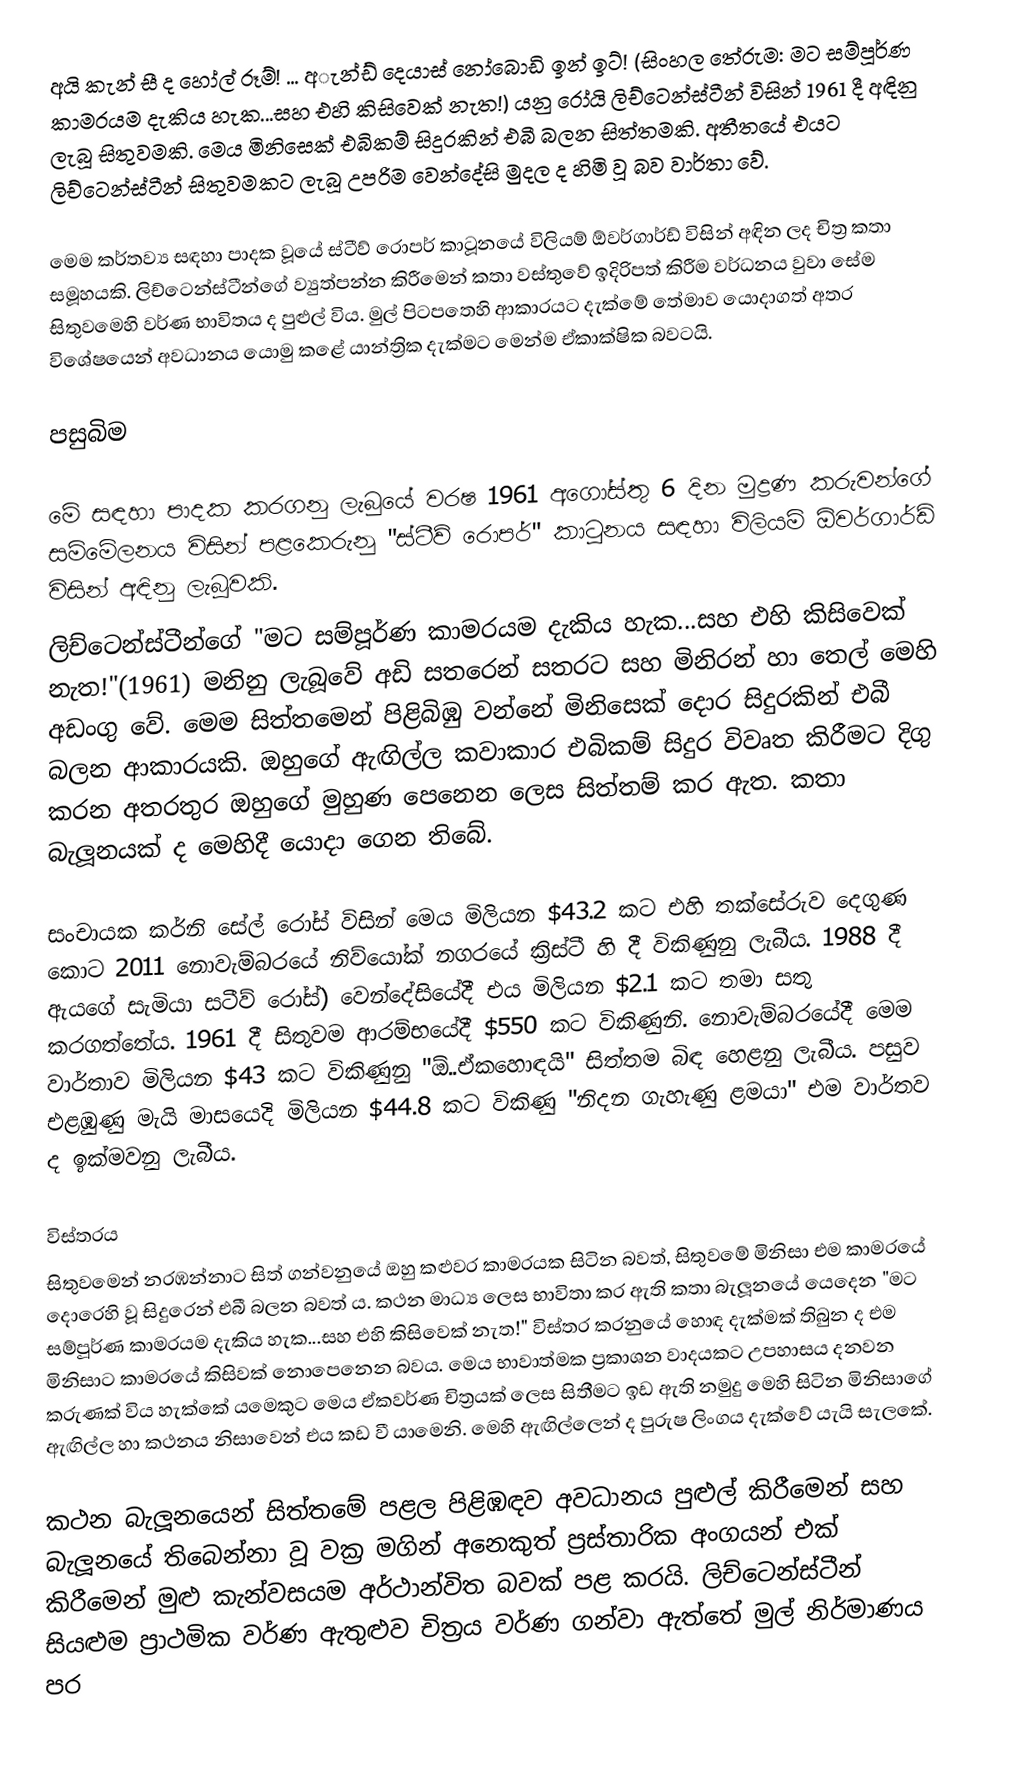
අයි කැන් සී ද හෝල් රූම්! ... අැන්ඩ් දෙයාස් නෝබොඩි ඉන් ඉට්! (සිංහල තේරුම: මට සම්පූර්ණ කාමරයම දැකිය හැක...සහ එහි කිසිවෙක් නැත!) යනු රෝයි ලිච්ටෙන්ස්ටීන් විසින් 1961 දී අඳිනු ලැබූ සිතුවමකි. මෙය මිනිසෙක් එබිකම් සිදුරකින් එබී බලන සිත්තමකි. අතීතයේ එයට ලිච්ටෙන්ස්ටීන් සිතුවමකට ලැබූ උපරිම වෙන්දේසි මුදල ද හිමි වූ බව වාර්තා වේ.

මෙම කර්තව්‍ය සඳහා පාදක වූයේ ස්ටීව් රොපර් කාටූනයේ විලියම් ඕවර්ගාර්ඩ් විසින් අඳින ලද චිත්‍ර කතා සමූහයකි. ලිච්ටෙන්ස්ටීන්ගේ ව්‍යුත්පන්න කිරීමෙන් කතා වස්තුවේ ඉදිරිපත් කිරීම වර්ධනය වුවා සේම සිතුවමෙහි වර්ණ භාවිතය ද පුළුල් විය.  මුල් පිටපතෙහි ආකාරයට දැක්මේ තේමාව යොදාගත් අතර විශේෂයෙන් අවධානය යොමු කළේ යාන්ත්‍රික දැක්මට මෙන්ම ඒකාක්ෂික බවටයි.

පසුබිම

මේ සඳහා පාදක කරගනු ලැබුයේ වරෂ 1961 අගෝස්තු 6 දින මුද්‍රණ කරුවන්ගේ සම්මේලනය විසින් පළකෙරුනු "ස්ටීව් රොපර්" කාටූනය සඳහා විලියම් ඕවර්ගාර්ඩ් විසින් අඳිනු ලැබූවකි.
 ලිච්ටෙන්ස්ටීන්ගේ "මට සම්පූර්ණ කාමරයම දැකිය හැක...සහ එහි කිසිවෙක් නැත!"(1961) මනිනු ලැබූවේ අඩි සතරෙන් සතරට සහ  මිනිරන් හා තෙල් මෙහි අඩංගු වේ. මෙම සිත්තමෙන් පිළිබිඹු වන්නේ මිනිසෙක් දොර සිදුරකින් එබී බලන ආකාරයකි. ඔහුගේ ඇඟිල්ල කවාකාර එබිකම් සිදුර විවෘත කිරීමට දිගු කරන අතරතුර ඔහුගේ මුහුණ පෙනෙන ලෙස සිත්තම් කර ඇත. කතා බැලූනයක් ද මෙහිදී යොදා ගෙන තිබේ.

සංචායක කර්නි සේල් රෝස් විසින් මෙය මිලියන  $43.2 කට එහි තක්සේරුව දෙගුණ කොට 2011 නොවැම්බරයේ නිව්යෝක් නගරයේ ක්‍රිස්ටී හි දී  විකිණුනු ලැබීය. 1988 දී ඇයගේ සැමියා සටීව් රෝස්) වෙන්දේසියේදී එය මිලියන $2.1 කට තමා සතු කරගත්තේය.   1961 දී සිතුවම ආරම්භයේදී  $550 කට විකිණුනි.  නොවැම්බරයේදී මෙම වාර්තාව  මිලියන $43 කට විකිණුනු "ඕ..ඒකහොඳයි"  සිත්තම බිඳ හෙළනු ලැබීය. පසුව එළඹුණු මැයි මාසයෙදි  මිලියන  $44.8 කට විකිණු "නිදන ගැහැණු ළමයා" එම වාර්තව ද ඉක්මවනු ලැබීය.

විස්තරය
සිතුවමෙන් නරඹන්නාට සිත් ගන්වනුයේ ඔහු කළුවර කාමරයක සිටින බවත්, සිතුවමේ මිනිසා එම කාමරයේ දොරෙහි වූ සිදුරෙන් එබී බලන බවත් ය. කථන මාධ්‍ය ලෙස භාවිතා කර ඇති කතා බැලූනයේ යෙදෙන "මට සම්පූර්ණ කාමරයම දැකිය හැක...සහ එහි කිසිවෙක් නැත!" විස්තර කරනුයේ හොඳ දැක්මක් තිබුන ද එම මිනිසාට කාමරයේ කිසිවක් නොපෙනෙන බවය. මෙය භාවාත්මක ප්‍රකාශන වාදයකට උපහාසය දනවන කරුණක් විය හැක්කේ යමෙකුට මෙය ඒකවර්ණ චිත්‍රයක් ලෙස සිතීමට ඉඩ ඇති නමුදු මෙහි සිටින මිනිසාගේ ඇඟිල්ල හා කථනය නිසාවෙන් එය කඩ වී යාමෙනි. මෙහි ඇඟිල්ලෙන් ද පුරුෂ ලිංගය දැක්වේ යැයි සැලකේ.

කථන බැලූනයෙන් සිත්තමේ පළල පිළිඹඳව අවධානය පුළුල් කිරීමෙන් සහ බැලූනයේ තිබෙන්නා වූ වක්‍ර මගින් අනෙකුත් ප්‍රස්තාරික අංගයන් එක් කිරීමෙන් මුළු කැන්වසයම අර්ථාන්විත බවක් පළ කරයි. ලිච්ටෙන්ස්ටීන් සියළුම ප්‍රාථමික වර්ණ ඇතුළුව චිත්‍රය වර්ණ ගන්වා ඇත්තේ මුල් නිර්මාණය පර